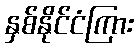
နှစ်နိုင်ငံကြား